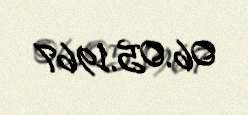
06.05.1967